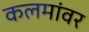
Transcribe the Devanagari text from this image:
कलमांवर